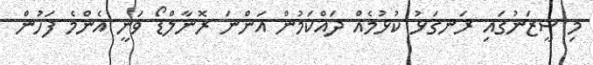
މި ސީޒަނުގައި ރަނގަޅު ކުޅުމެއް ދައްކަމުން އަންނަ ރޮނާލްޑޯ ވަނީ އެންމެ ފަހުން